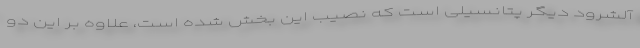
آلشرود دیگر پتانسیلی است که نصیب این بخش شده است، علاوه بر این دو